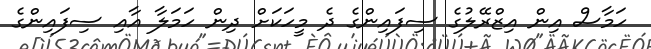
ހަމާސް އިން އިޒްރޭލުގެ ސިފައިންގެ ދެ މީހަކަށް ދިން ހަމަލާ އާއި ސިފައިންގެ